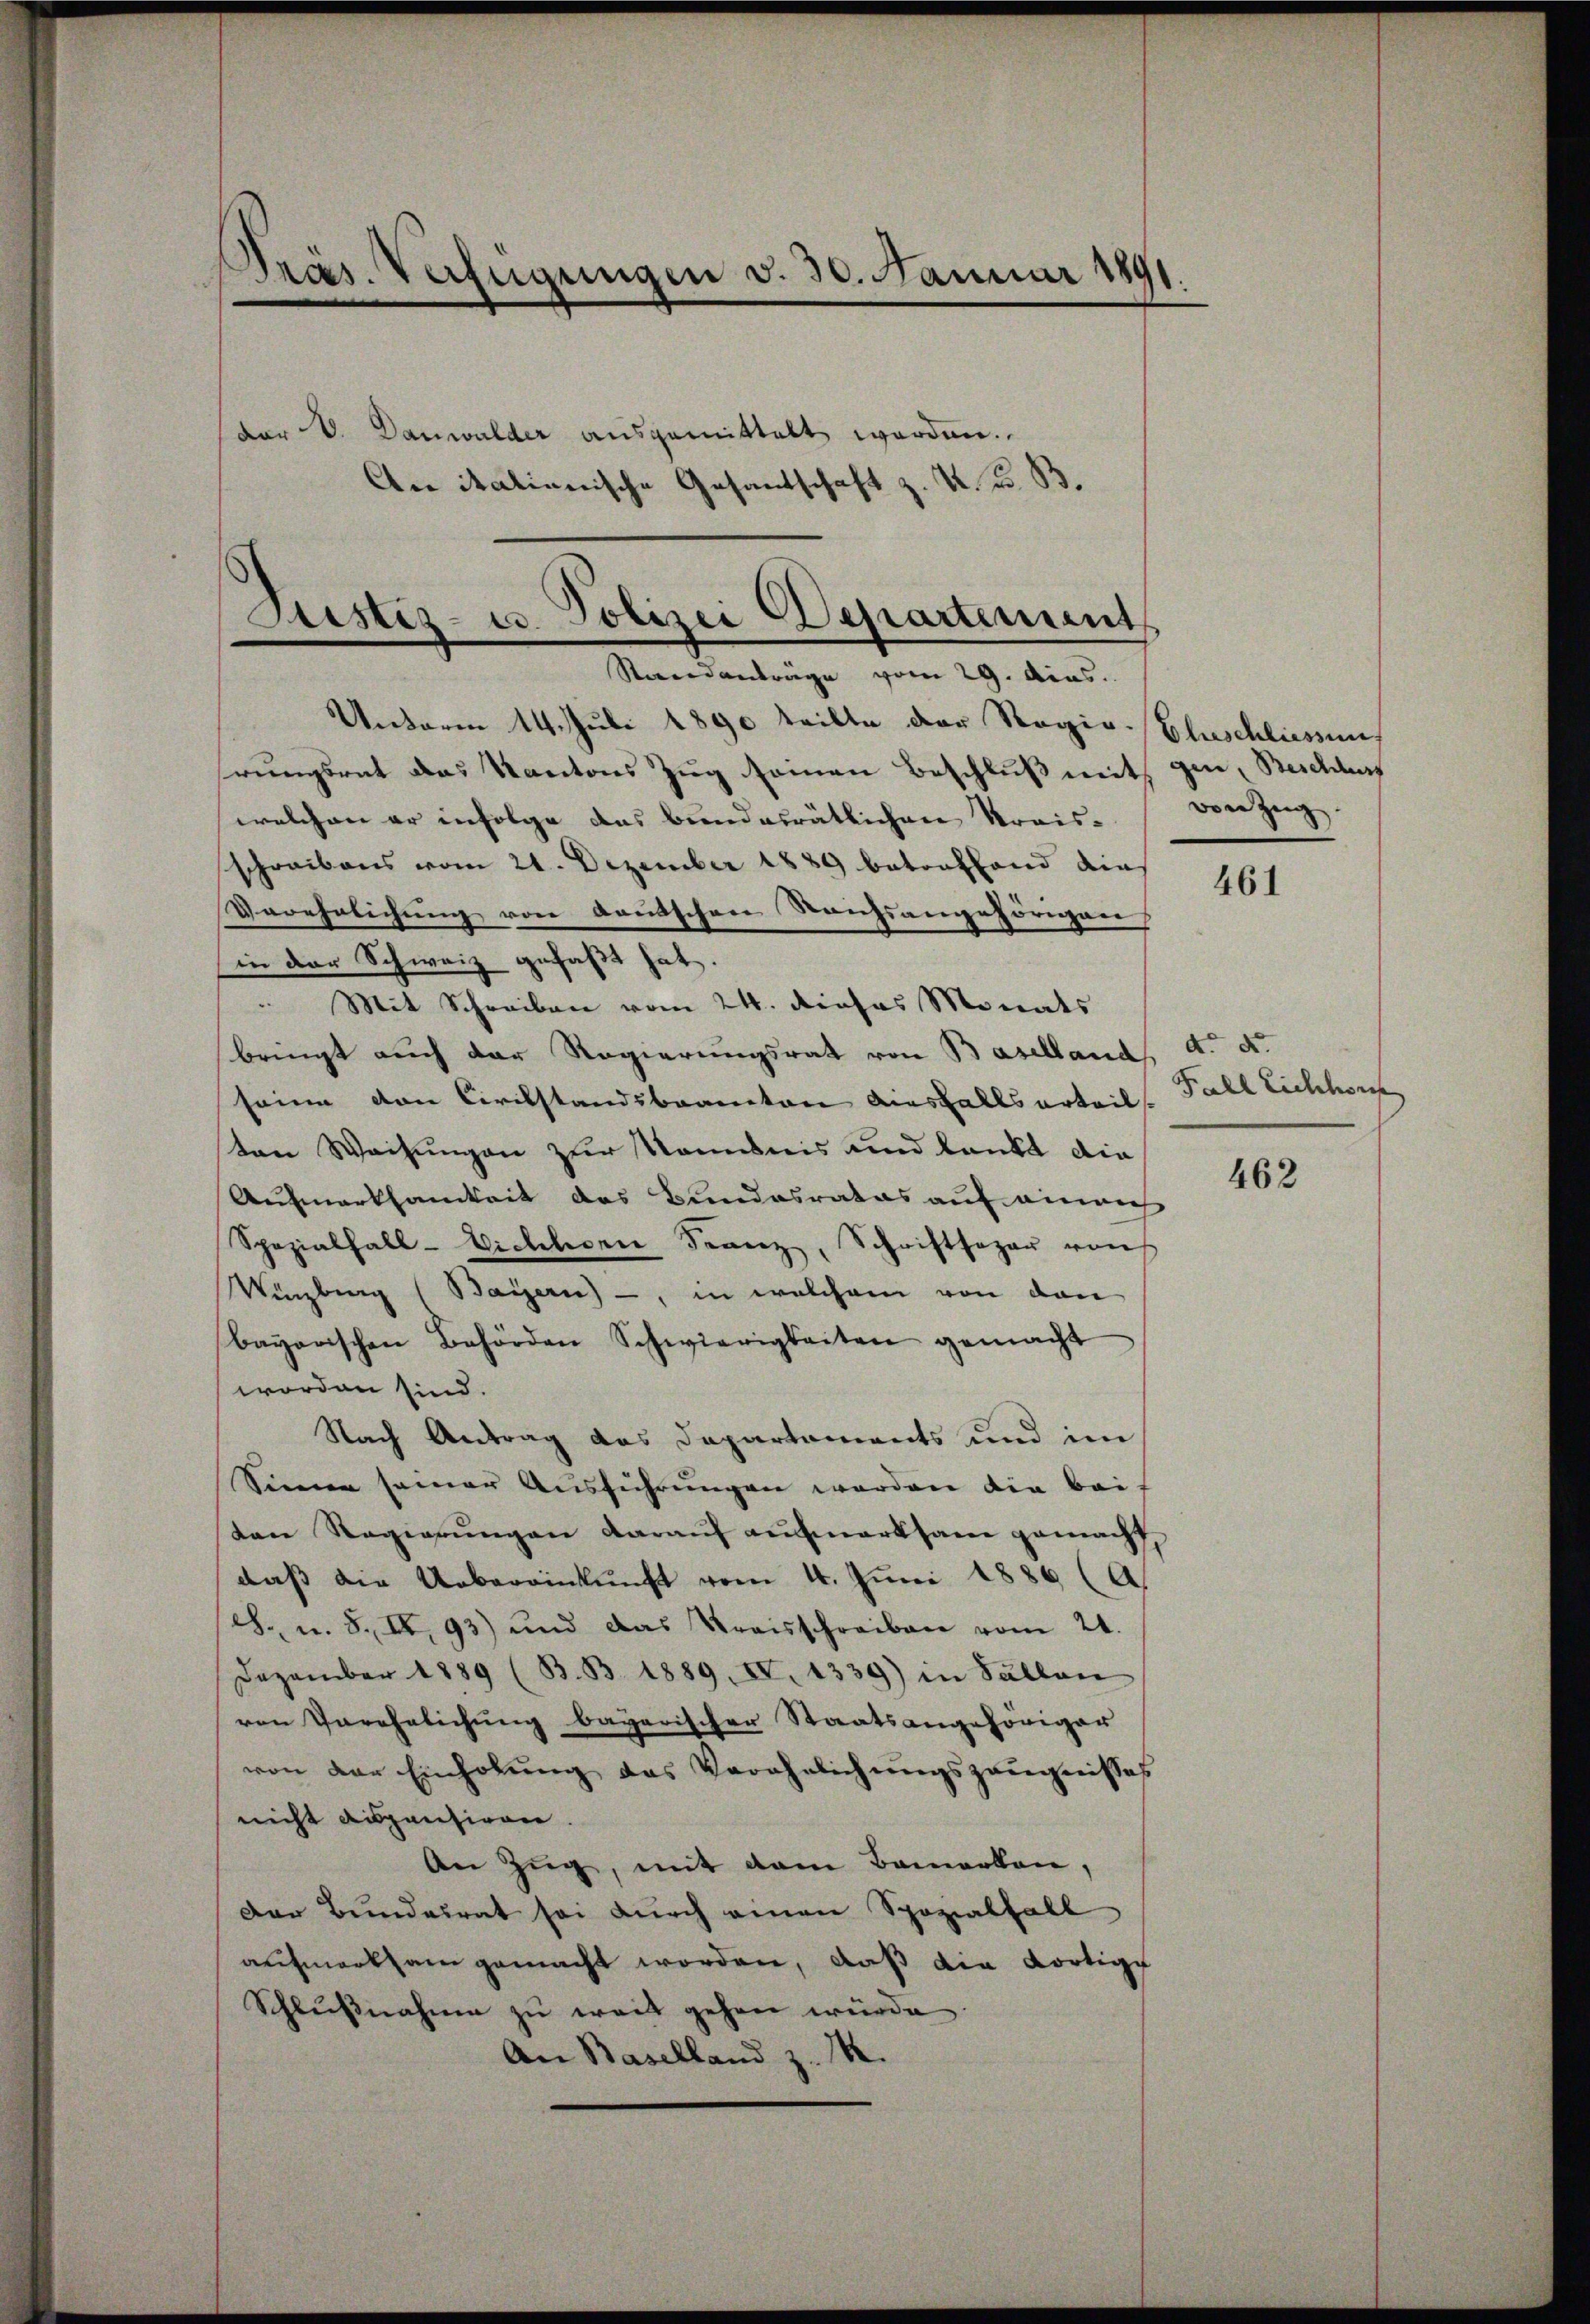
Präs. Verfügungen v. 30. Januar 1891.

der V. Danwalder ausgemittelt werden.
An italienische Gesantschaft z. K. K. B.

Justiz- u. Polizei Departement
Staendanträge vom 29. dias.

Unterm 14. Juli 1890 teilte der Rogio-Eluschliessung
hrungsrat das Kantons Zug seinen Beschluß mit gen, Beschluss
welchen er infolge das bundesrätlichen Kraisschreibens vom 21. Dezember 1889 betreffend dies
Verehrlichung von deutschen Reichsangehörigen
in der Schweiz gefaßt hat.
 Mit Schreiben vom 24. dieses Monats
bringt auch der Regierungsrat von Baselland
seine von Civilstandsbeamten Ausfalls erteils.
ten Weisungen zur Nominis und dankt die
Aufmerksamkeit des Bundesrates auf einrich
Spezialfall-Vichhorn Franz, Schriftsager von
Würzburg (Bayern) -, in welchem von den
bayerischen Behörden Schwierigkeiten gemacht
worden sind.
Nach Antrag des Departements und im
Sinne seiner Ausführungen werden die bei
ten Regierungen darauf aufmerksam gemacht
daß die Uebereinkunft vom 4. Juni 1886 (A
S. u. S. II. 93) und das Kraisschreiben vom 21.
Dezember 1889 (B.B. 1889, IV. 1339) in Sallen
von Verehelichung bayerischer Staatsangehöriger
von der Einholŭng des Verehelichŭngszeŭgnisses
nicht dispensiren
An Zug, mit dem Bemerken,
Der Bundesrat sei durch einen Spozialfall
aufmerksam gemacht worden, daß die dortige
Schlŭβnahme zŭ weit gehen würde.
An Baselland z. 14.

von Zeug

461

d. d.
Fall Liechis

462